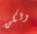
ولكن